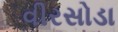
વીરસોડા